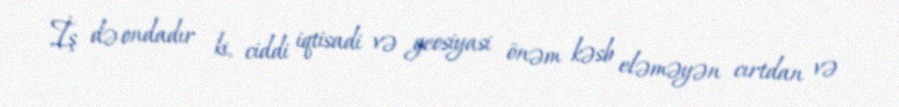
İş də ondadır ki, ciddi iqtisadi və geosiyasi önəm kəsb eləməyən cırtdan və